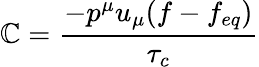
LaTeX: \mathbb{C}={\frac{{-{p^{\mu}u_{\mu}(f-f_{eq})}}}{{\tau_{c}}}}